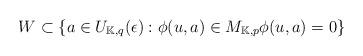
LaTeX: \begin{align*}W\subset \{ a\in U_{\mathbb{K},q}(\epsilon) : \phi (u,a)\in M_{\mathbb{K},p} \phi (u,a)=0\}\end{align*}